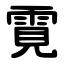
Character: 䨘